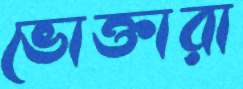
ভোক্তারা